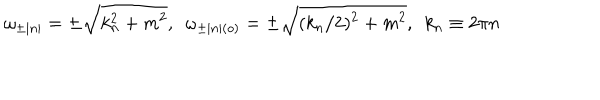
LaTeX: \omega _ { \pm | n | } = \pm \sqrt { k _ { n } ^ { 2 } + m ^ { 2 } } , \, \, \, \omega _ { \pm | n | ( o ) } = \pm \sqrt { ( k _ { n } / 2 ) ^ { 2 } + m ^ { 2 } } , \, \, \, k _ { n } \equiv 2 \pi n